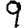
Digit: 9